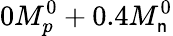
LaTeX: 0M_{p}^{0}+0.4M_{\mathsf{n}}^{0}